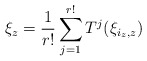
\begin{align*}\xi_z=\frac{1}{r!}\sum_{j=1}^{r!} T^j(\xi_{i_z,z})\end{align*}